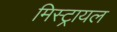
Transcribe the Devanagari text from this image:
मिस्ट्रायल